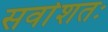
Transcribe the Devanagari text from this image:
सर्वाशतः